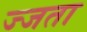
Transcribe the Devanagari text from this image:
ज्जता